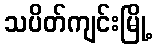
သပိတ်ကျင်းမြို့